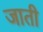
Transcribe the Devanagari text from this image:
जाती